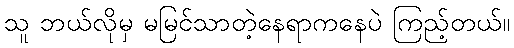
သူ ဘယ်လိုမှ မမြင်သာတဲ့နေရာကနေပဲ ကြည့်တယ်။